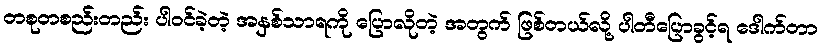
တစုတစည်းတည်း ပါဝင်ခဲ့တဲ့ အနှစ်သာရကို ပြောလိုတဲ့ အတွက် ဖြစ်တယ်လို့ ပါတီပြောခွင့်ရ ဒေါက်တာ